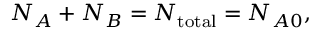
N _ { A } + N _ { B } = N _ { \mathrm { t o t a l } } = N _ { A 0 } ,